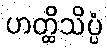
ဟတ္ထိသိပ္ပံ